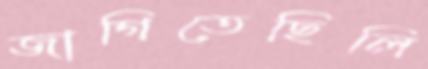
জাগিতেছিলি